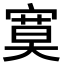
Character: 寞